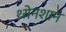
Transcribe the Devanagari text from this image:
थ्येनशान